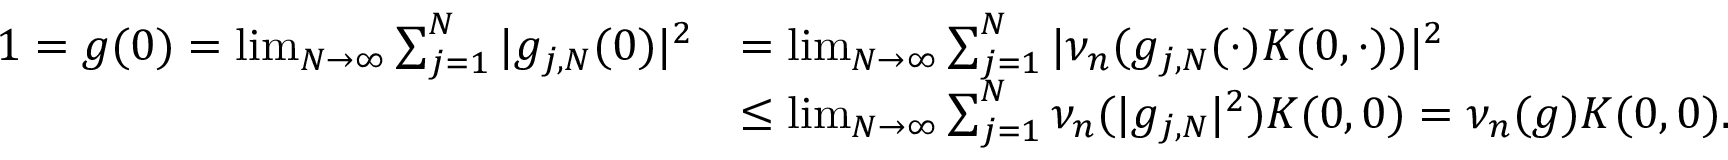
\begin{array} { r l } { 1 = g ( 0 ) = \operatorname* { l i m } _ { N \to \infty } \sum _ { j = 1 } ^ { N } | g _ { j , N } ( 0 ) | ^ { 2 } } & { = \operatorname* { l i m } _ { N \to \infty } \sum _ { j = 1 } ^ { N } | \nu _ { n } ( g _ { j , N } ( \cdot ) K ( 0 , \cdot ) ) | ^ { 2 } } \\ & { \leq \operatorname* { l i m } _ { N \to \infty } \sum _ { j = 1 } ^ { N } \nu _ { n } ( | g _ { j , N } | ^ { 2 } ) K ( 0 , 0 ) = \nu _ { n } ( g ) K ( 0 , 0 ) . } \end{array}